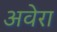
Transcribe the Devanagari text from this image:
अवेरा